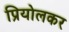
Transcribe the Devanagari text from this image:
प्रियोलकर